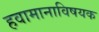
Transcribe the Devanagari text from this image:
हवामानाविषयक